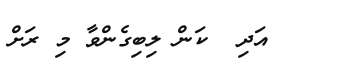
٣    އަދި  ކަން ލިބިގެންވާ މި ރަށް